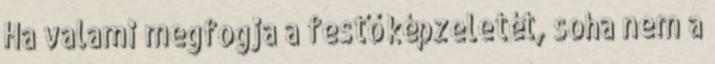
Ha valami megfogja a festő képzeletét, soha nem a